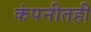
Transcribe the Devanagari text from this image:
कंपनीतही